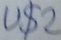
Text: U$2